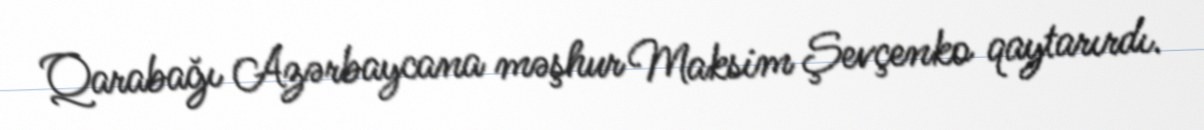
Qarabağı Azərbaycana məşhur Maksim Şevçenko qaytarırdı.